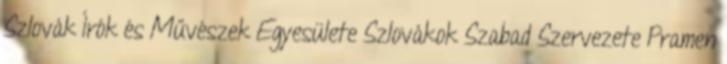
Szlovák Írók és Művészek Egyesülete Szlovákok Szabad Szervezete Pramen